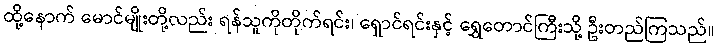
ထို့နောက် မောင်မျိုးတို့လည်း ရန်သူကိုတိုက်ရင်း၊ ရှောင်ရင်းနှင့် ရွှေတောင်ကြီးသို့ ဦးတည်ကြသည်။